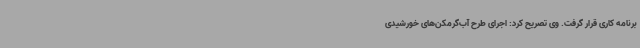
برنامه کاری قرار گرفت. وی تصریح کرد: اجرای طرح آب‌گرمکن‌های خورشیدی